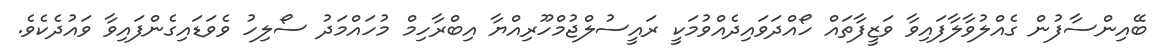
ބޭއިންސާފުން ގެއްލުވާލާފައިވާ ވަޒީފާތައް ހޯއްދަވައިދެއްވުމަކީ ރައީސުލްޖުމްހޫރިއްޔާ އިބްރާހިމް މުހައްމަދު ސޯލިހު ވެވަޑައިގެންފައިވާ ވައުދެކެވެ.